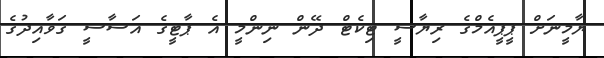
ޔާމީނަށް ޕީޕީއެމްގެ ރިޔާސީ ޓިކެޓް ދޭން ނިންމީ އެ ޕާޓީގެ އަސާސީ ގަވާއިދުގެ